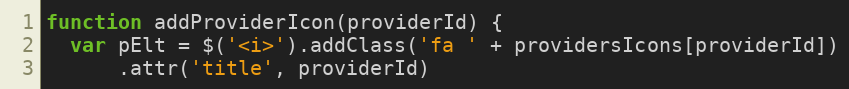
Language: JavaScript
function addProviderIcon(providerId) {
  var pElt = $('<i>').addClass('fa ' + providersIcons[providerId])
      .attr('title', providerId)